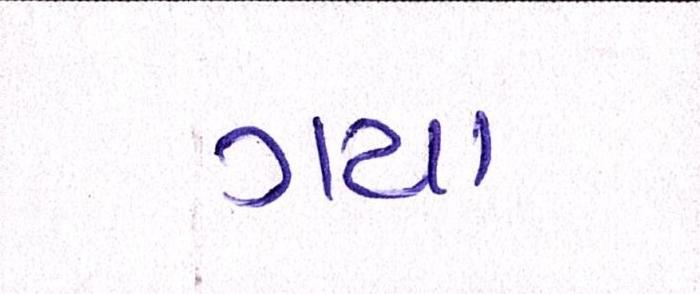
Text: ગયાં